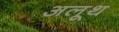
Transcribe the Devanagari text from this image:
अलूथ